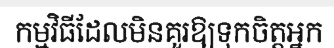
កម្មវិធីដែលមិនគួរឱ្យទុកចិត្តអ្នក